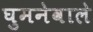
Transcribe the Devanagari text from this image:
घुमनेवाले